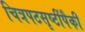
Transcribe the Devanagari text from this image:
चित्रपटसृष्टींपैकी